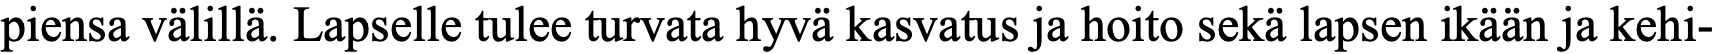
piensa välillä. Lapselle tulee turvata hyvä kasvatus ja hoito sekä lapsen ikään ja kehi-